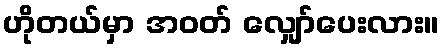
ဟိုတယ်မှာ အဝတ် လျှော်ပေးလား။